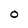
Character: O